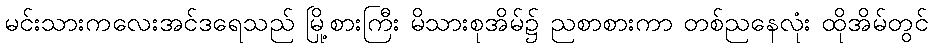
မင်းသားကလေးအင်ဒရေသည် မြို့စားကြီး မိသားစုအိမ်၌ ညစာစားကာ တစ်ညနေလုံး ထိုအိမ်တွင်